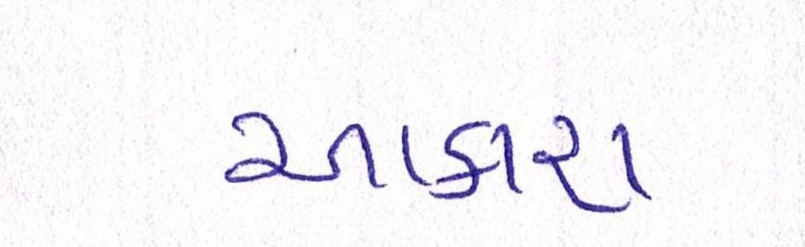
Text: આકરા